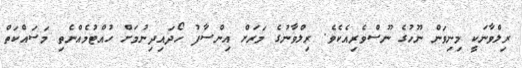
ރިލްވާނަކީ މިނިވަން ނޫހުގެ ނޫސްވެރިއެކެވެ. ރިލްވާނުގެ މަރަށް އިންސާފު ހޯދައިދިނުމަށް ހުއްޓުމެއްނެތި މަސައްކަތް